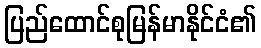
ပြည်ထောင်စုမြန်မာနိုင်ငံ၏